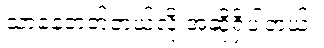
သာနေတတ်တယ်လို့ အဆိုရှိပါတယ်။